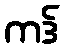
ကဒ်